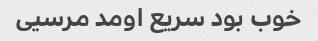
خوب بود سریع اومد مرسیی